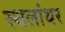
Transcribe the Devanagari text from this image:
स्थलांथर